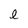
Character: l